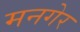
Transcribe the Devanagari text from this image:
मनगेर